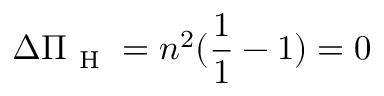
\Delta \Pi _ { \mathrm { ~ H ~ } } = n ^ { 2 } ( \frac { 1 } { 1 } - 1 ) = 0